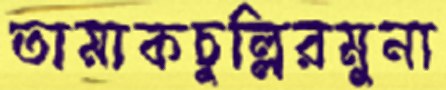
তামাকচুল্লিরমুনা